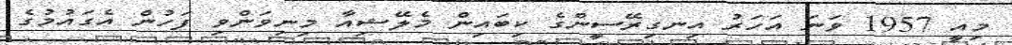
މިއީ 1957 ވަނަ އަހަރު އިނގިރޭސީންގެ ކިބައިން މެލޭޝިއާ މިނިވަންވި ފަހުން އެގައުމުގެ